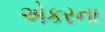
એકરના